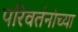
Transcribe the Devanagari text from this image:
परिवर्तनांच्या